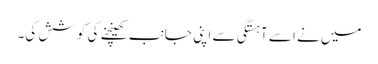
میں نے اسے آہستگی سے اپنی جانب کھینچنے کی کوشش کی۔